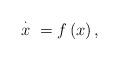
LaTeX: \begin{align*}\overset{\cdot }{x}\ =f\left( x\right) , \end{align*}